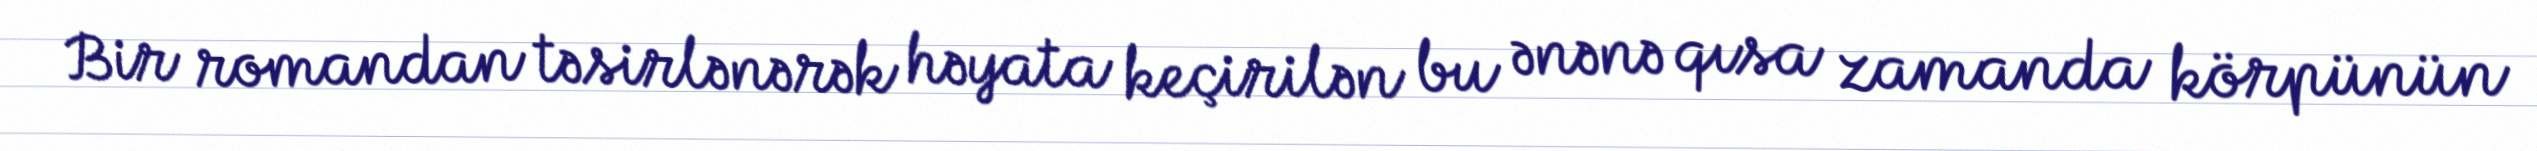
Bir romandan təsirlənərək həyata keçirilən bu ənənə qısa zamanda körpünün